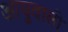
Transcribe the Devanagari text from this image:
आयुवाली